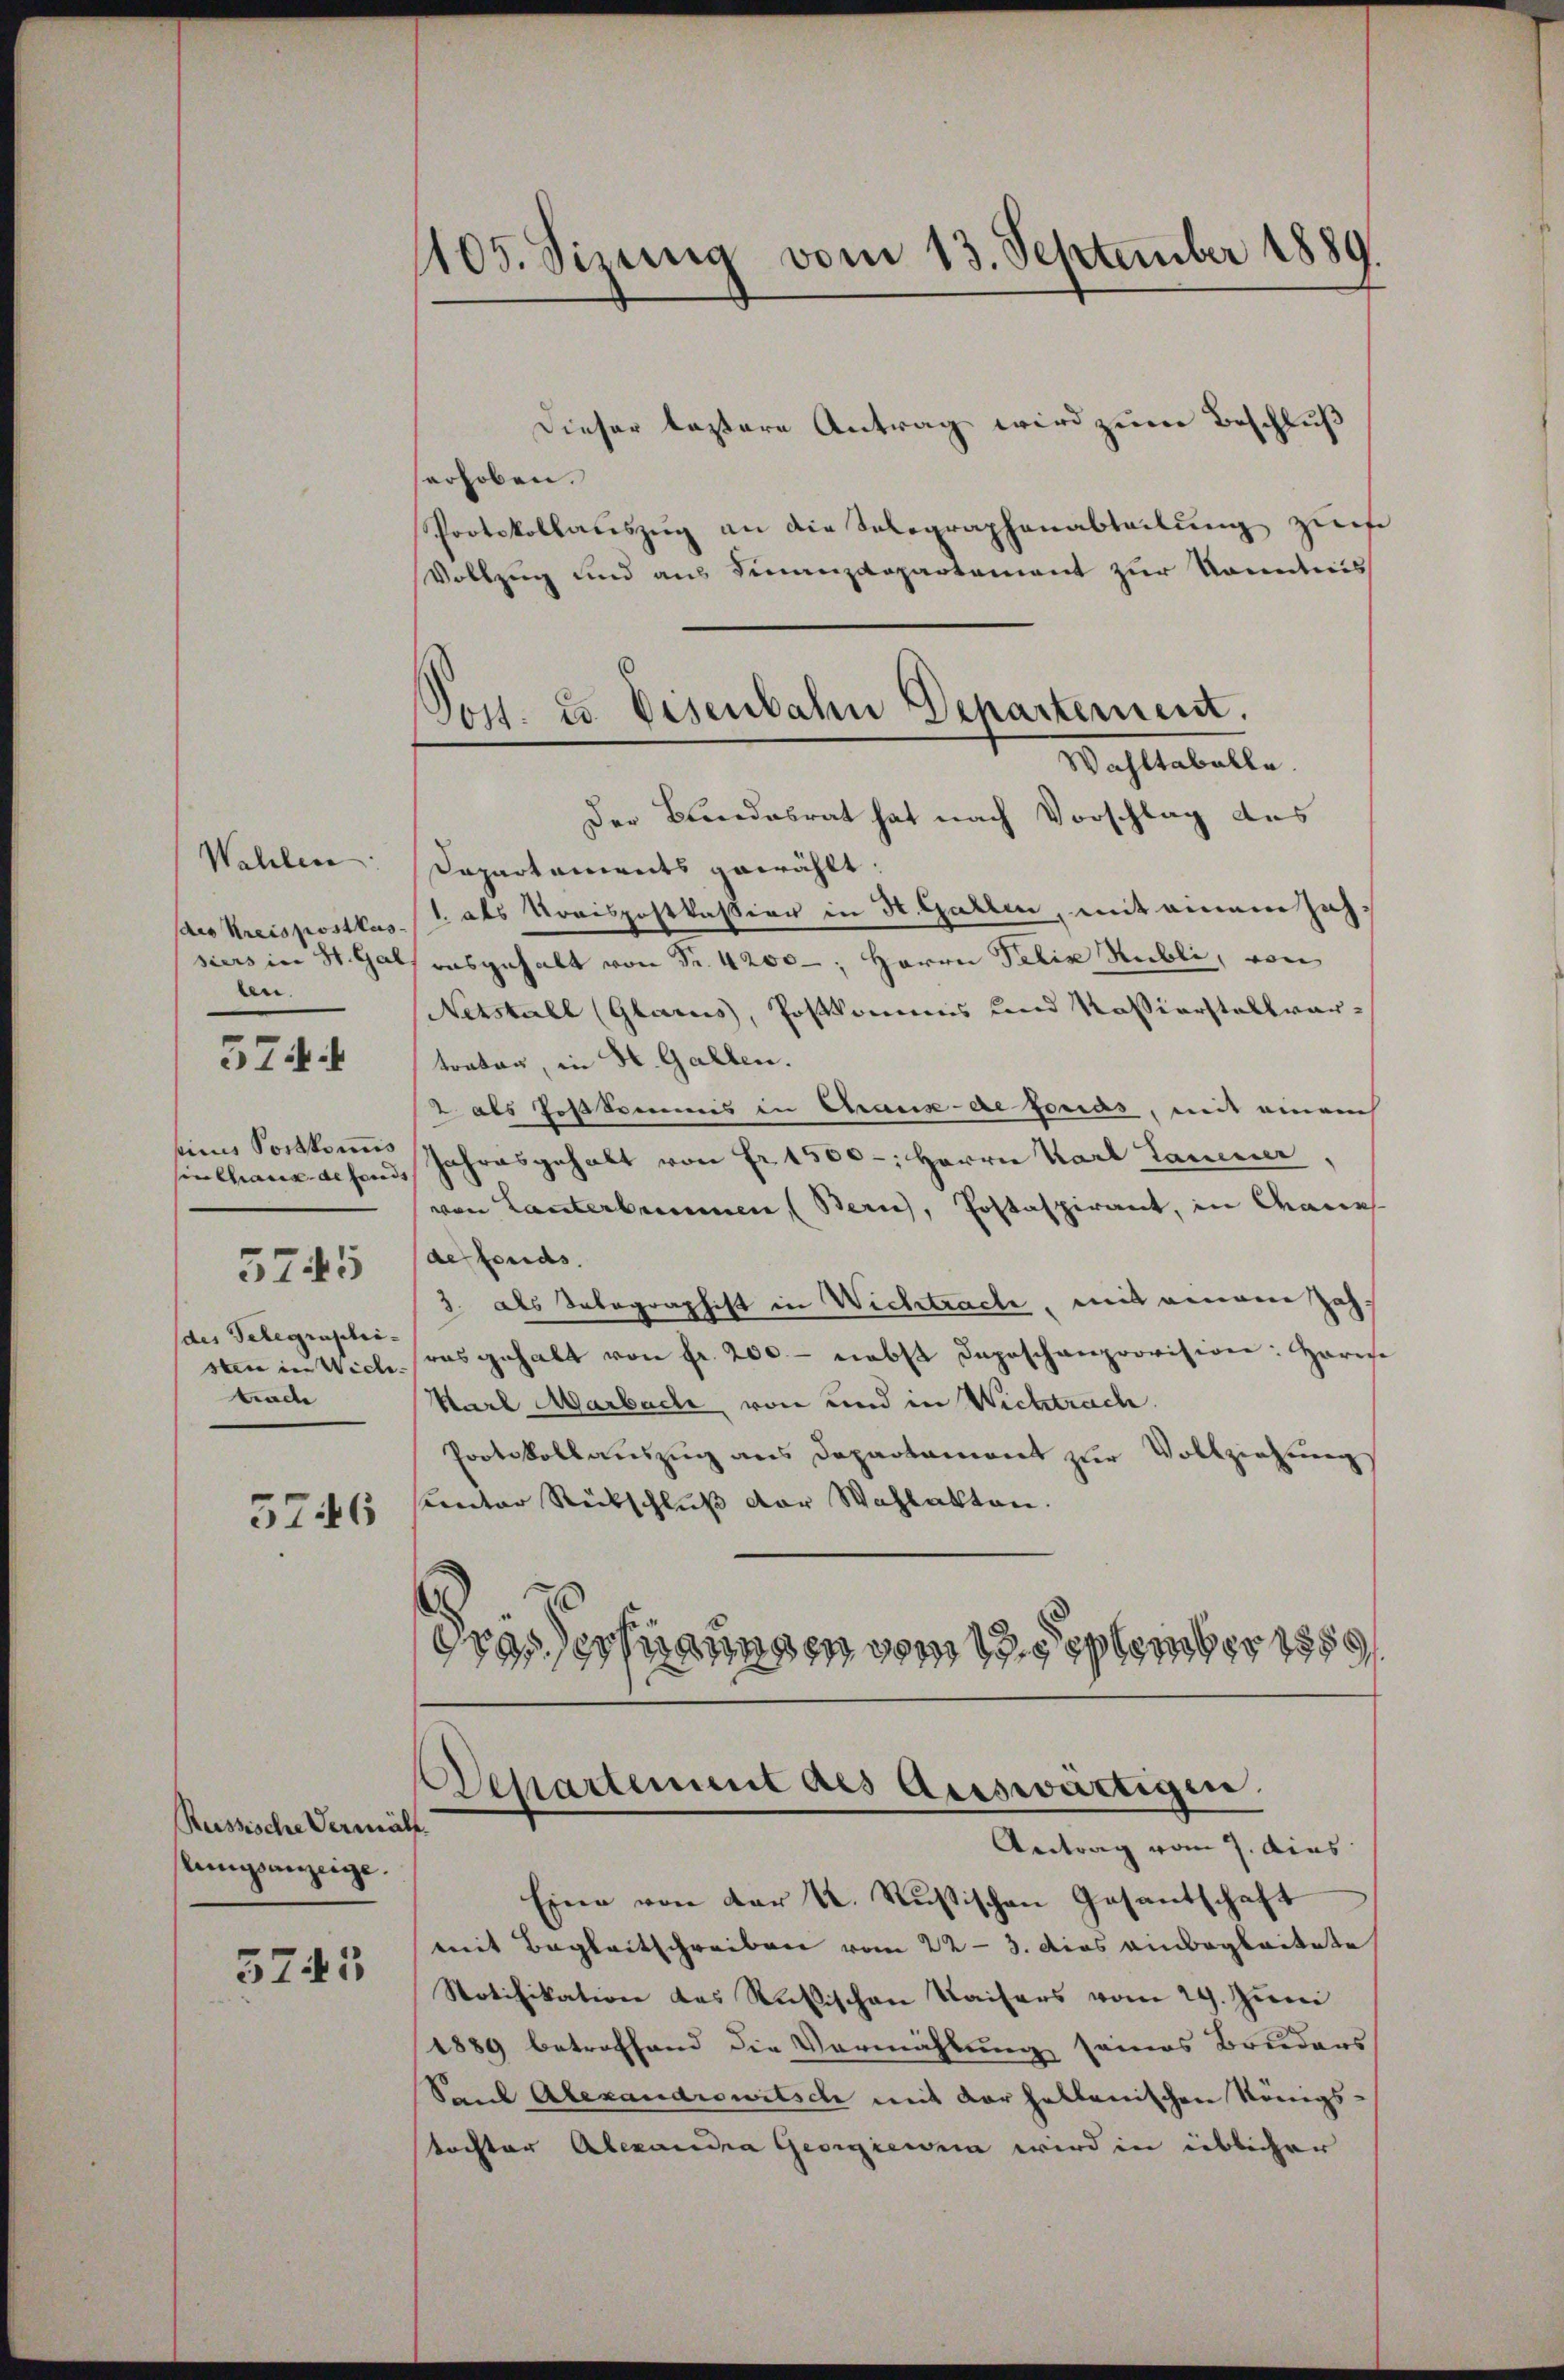
Wahlen
des Kreispostkas
siers in St. Gab
ten.
ficus Portkomis
sin Chaus de sond
5745
des Telegraphi-
sten in Wiche
trade

574

5746

Russische Vermälf.
lungsanzeige.

5745

1105. Simina vom 13. September 1889.

Post. u. Eisenbahn Departement.
Wahltabelle

Dieser leztere Antrag wird zum Beschluß
erhoben.
Protokollauszug an die Selegraphenabteilung zur
Vollzug und aus Finanzdepartement zur Kenntnis
Der Bundesrat hat nach Vorschlag des
Dapartaments gewählt:
1. des Kreispostkassion in H. Gallen, mit einem Jahausgehalt von Fr. 4200-, Herrn Felix Kubli, von
Netstall (Glarus, Postkommnis und Kassierstellvertrator, in St. Gallen.
2 als Postkommis in Chaux-defonas, mit einem
Jahresgehalt von Fr. 1500-, Herrn Karl Lanener
von Lanterbrunnen (Bern, Postaspirant, in Cances
de fonds.
3. als Telegraphist in Wichtrach, mit einem Zahras gehalt von fr. 200.- nebst Depeschanprovision: Harie
Karl Marbache von und in Wichtrache.
Protokollauszug aus Departament zur Vollziehung
sunter Rückschluß der Wahlakten.
drasserstangen vom 13. September 1850

Departement als Auswärtigen.
Antrag vom 7. dies

Eine von der K. Rußischen Gesantschaft
mit Begleitschreiben vom 22. 3. dies einbegleitete
Notifikation des Rußischen Kaisers vom 29. Juni
1889 betreffend die Vermählung seines Bruders
Sand Alexandrowitsch mit der halbanischen Königs-
tochter Alexandra Georgieren wird in üblicher